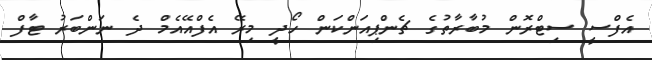
އެފްސީ ސިޓްރޮން މުބާރާތުގެ ޗެންޕިއަންކަން ހޯދީ މިރޭ އެފްއޭއެމް ދެ ނަންބަރު ޓާފް